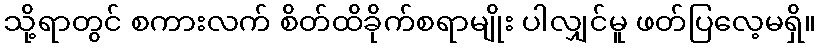
သို့ရာတွင် စကားလက် စိတ်ထိခိုက်စရာမျိုး ပါလျှင်မူ ဖတ်ပြလေ့မရှိ။